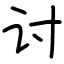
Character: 讨